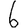
Digit: 6